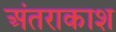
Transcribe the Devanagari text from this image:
अंतराकाश